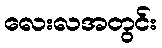
လေးလအတွင်း